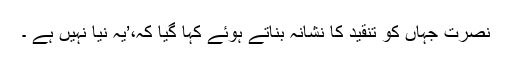
نصرت جہاں کو تنقید کا نشانہ بناتے ہوئے کہا گیا کہ،’یہ نیا نہیں ہے ۔